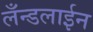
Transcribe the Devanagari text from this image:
लँन्डलाईन